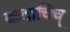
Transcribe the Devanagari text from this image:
कदाचिच्